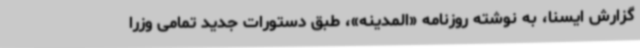
گزارش ایسنا، به نوشته روزنامه «المدینه»، طبق دستورات جدید تمامی وزرا